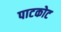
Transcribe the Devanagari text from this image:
पाटकोट